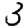
Digit: 3